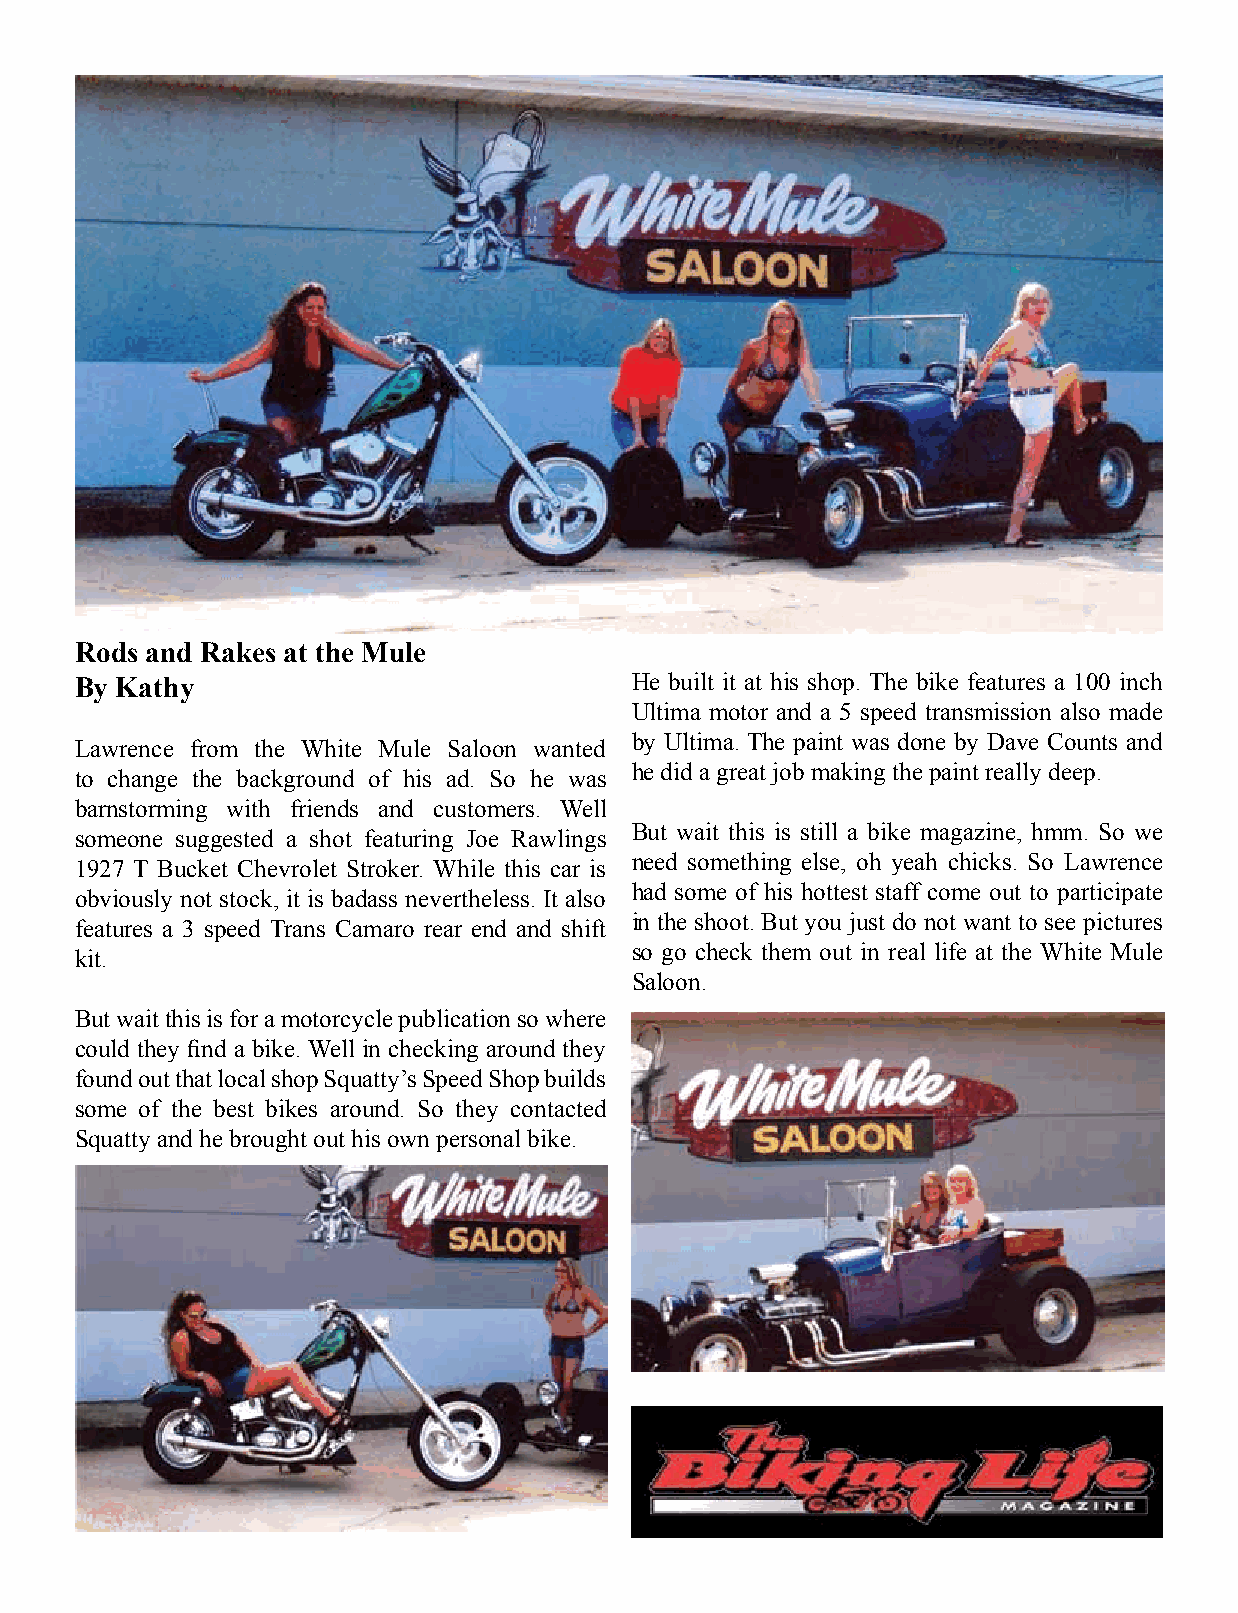
Rods and Rakes at the Mule
 By Kathy                             He built it at his shop. The bike features a 100 inch
 Ultima motor and a 5 speed transmission also made
 by Ultima. The paint was done by Dave Counts and
 Lawrence from the White Mule Saloon wanted
 he did a great job making the paint really deep.
 to change the background of his ad. So he was
 barnstorming with friends and customers. Well
 But wait this is still a bike magazine, hmm. So we
 someone suggested a shot featuring Joe Rawlings
 need something else, oh yeah chicks. So Lawrence
 1927 T Bucket Chevrolet Stroker. While this car is
 had some of his hottest staff come out to participate
 obviously not stock, it is badass nevertheless. It also
 in the shoot. But you just do not want to see pictures
 features a 3 speed Trans Camaro rear end and shift
 so go check them out in real life at the White Mule
 kit.
 Saloon.
 But wait this is for a motorcycle publication so where
 could they find a bike. Well in checking around they
 found out that local shop Squatty’s Speed Shop builds
 some of the best bikes around. So they contacted
 Squatty and he brought out his own personal bike.